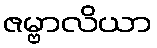
ဇမ္ဗာလိယာ